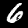
Digit: 6